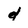
Character: d